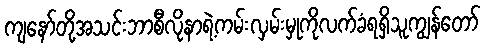
ကျနော်တို့အသင်းဘာစီလိုနာရဲ့ကမ်းလှမ်းမှုကိုလက်ခံရရှိသူကျွန်တော်